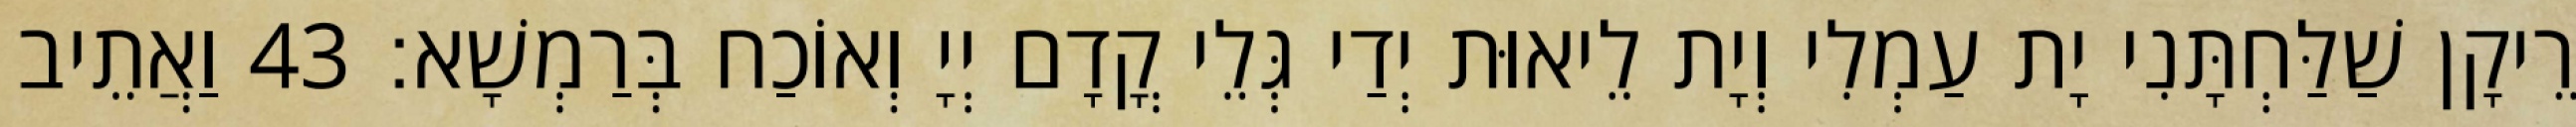
רֵיקָן שַׁלַּחְתָּנִי יָת עַמְלִי וְיָת לֵיאוּת יְדַי גְּלֵי קֳדָם יְיָ וְאוֹכַח בְּרַמְשָׁא׃ 43 וַאֲתֵיב